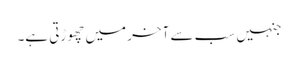
جنہیں سب سے آخر میں چھوڑتی ہے۔